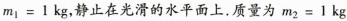
$$m _ { 1 } = 1 k g$$，静止在光滑的水平面上。质量为$$m _ { 2 } = 1 k g$$